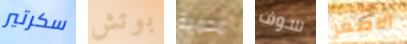
سكرتير بوتش محمية سوف الاصغر